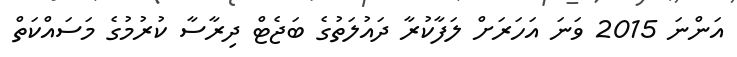
އަންނަ 2015 ވަނަ އަހަރަށް ލަފާކުރާ ދައުލަތުގެ ބަޖެޓް ދިރާސާ ކުރުމުގެ މަސައްކަތް